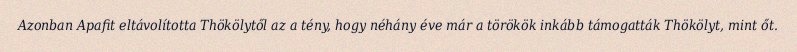
Azonban Apafit eltávolította Thökölytől az a tény, hogy néhány éve már a törökök inkább támogatták Thökölyt, mint őt.